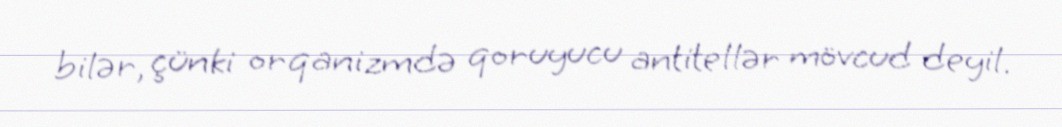
bilər, çünki orqanizmdə qoruyucu antitellər mövcud deyil.